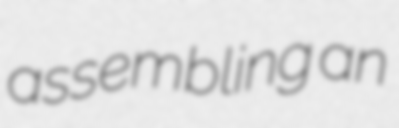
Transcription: assembling an